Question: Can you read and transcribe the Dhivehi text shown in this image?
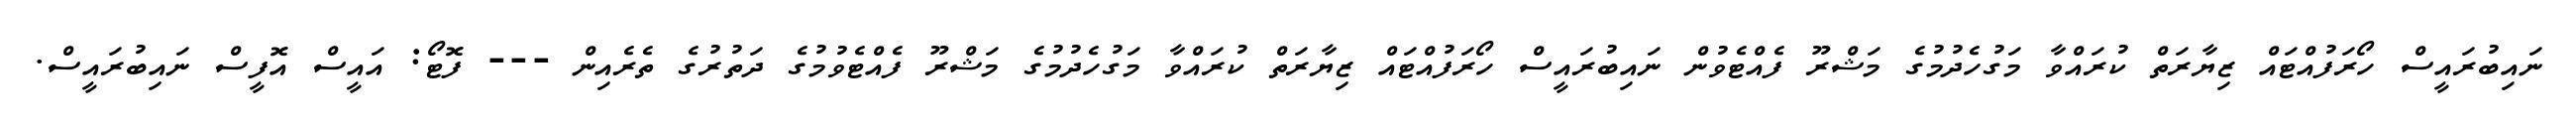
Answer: ނައިބުރައީސް ހޯރަފުއްޓައް ޒިޔާރަތް ކުރައްވާ މަގުހެދުމުގެ މަޝްރޫ ފެއްޓެވުން ނައިބުރައީސް ހޯރަފުއްޓައް ޒިޔާރަތް ކުރައްވާ މަގުހެދުމުގެ މަޝްރޫ ފެއްޓެވުމުގެ ދަތުރުގެ ތެރެއިން --- ފޮޓޯ: އައީސް އޮފީސް ނައިބުރައީސް.